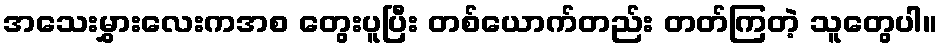
အသေးမွှားလေးကအစ တွေးပူပြီး တစ်ယောက်တည်း တတ်ကြတဲ့ သူတွေပါ။